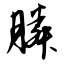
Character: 膦